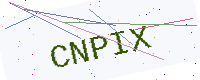
Text: CNPIX